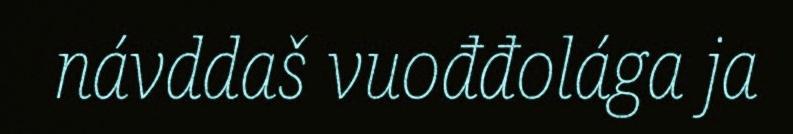
návddaš vuođđolága ja